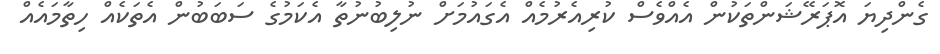
ގެންދިޔަ އޮޕަރޭޝަންތަކުން އެއްވެސް ކުރިއެރުމެއް އެގައުމަށް ނުލިބުނުތާ އެކަމުގެ ސަބަބުން އެތަކެއް ހިތާމައެއް